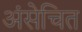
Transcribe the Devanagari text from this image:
अंसेचित